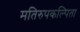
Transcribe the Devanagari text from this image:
मतिरुपकल्पिता